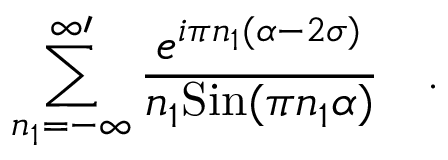
\sum _ { n _ { 1 } = - \infty } ^ { \infty \prime } { \frac { e ^ { i \pi n _ { 1 } ( \alpha - 2 \sigma ) } } { n _ { 1 } \mathrm { S i n } ( \pi n _ { 1 } \alpha ) } } \quad .